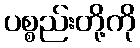
ပစ္စည်းတို့ကို